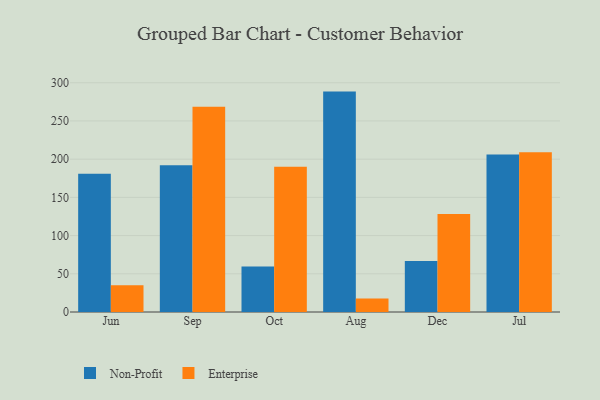
{"axis": {"x": "Month", "y": "Customer Acquisition Cost (USD)"}, "legend": ["Enterprise", "Non-Profit"], "data": [{"x": "Jun", "y": 181.0, "type": "Non-Profit"}, {"x": "Jun", "y": 35.1, "type": "Enterprise"}, {"x": "Sep", "y": 192.1, "type": "Non-Profit"}, {"x": "Sep", "y": 268.5, "type": "Enterprise"}, {"x": "Oct", "y": 59.6, "type": "Non-Profit"}, {"x": "Oct", "y": 190.0, "type": "Enterprise"}, {"x": "Aug", "y": 288.4, "type": "Non-Profit"}, {"x": "Aug", "y": 17.8, "type": "Enterprise"}, {"x": "Dec", "y": 66.7, "type": "Non-Profit"}, {"x": "Dec", "y": 128.3, "type": "Enterprise"}, {"x": "Jul", "y": 206.2, "type": "Non-Profit"}, {"x": "Jul", "y": 209.0, "type": "Enterprise"}]}